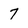
Character: 7